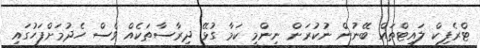
ޓްރެފިކް ލައިޓްތައް ބޭނުން ނުކުރަން ނިންމީ ކަމާ ގުޅޭ ދިރާސާތަކެއް ވެސް ހެދުމަށްފަހުގައި